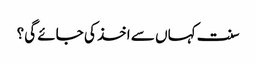
سنت کہاں سے اخذ کی جائے گی؟